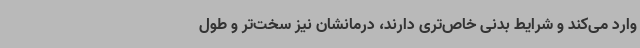
وارد می‌کند و شرایط بدنی خاص‌تری دارند، درمانشان نیز سخت‌تر و طول